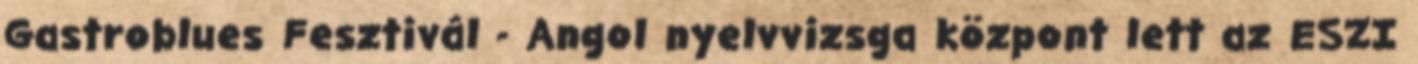
Gastroblues Fesztivál - Angol nyelvvizsga központ lett az ESZI